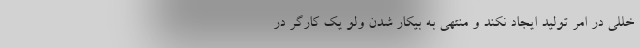
خللی در امر تولید ایجاد نکند و منتهی به بیکار شدن ولو یک کارگر در